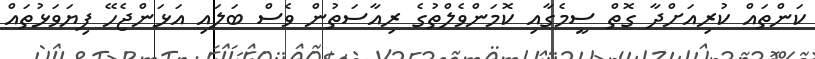
ކަންތައް ކުރިއަށްދާ ގޮތް ސީމެގާއި ކޮމަންވެލްތުގެ ރިއާސަތުން ވެސް ބަލައި އަޅަންޖެހޭ ފިޔަވަޅުތައް